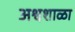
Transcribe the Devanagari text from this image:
अश्वशाळा